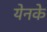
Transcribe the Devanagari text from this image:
येनके